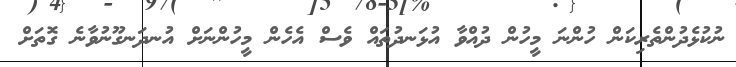
ނުކުޅެދުންތެރިކަން ހުންނަ މީހުން ދުއްވާ އުޅަނދުތައް ވެސް އެހެން މީހުންނަށް އުނދަނގޫނުވާނެ ގޮތަށް